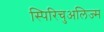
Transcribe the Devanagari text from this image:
स्पिरिचुअलिज्म